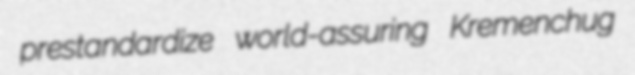
prestandardize world-assuring Kremenchug